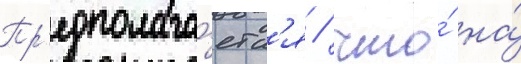
Пр'едполага́етс'я / что́ на́